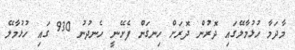
މާދަމާ ހުޅުމާލޭގައި ދޮރުން ދޮރަށް ހިނގަން ފެށޭނީ ހެނދުނު 930 ގައި ހުޅުމާލޭ